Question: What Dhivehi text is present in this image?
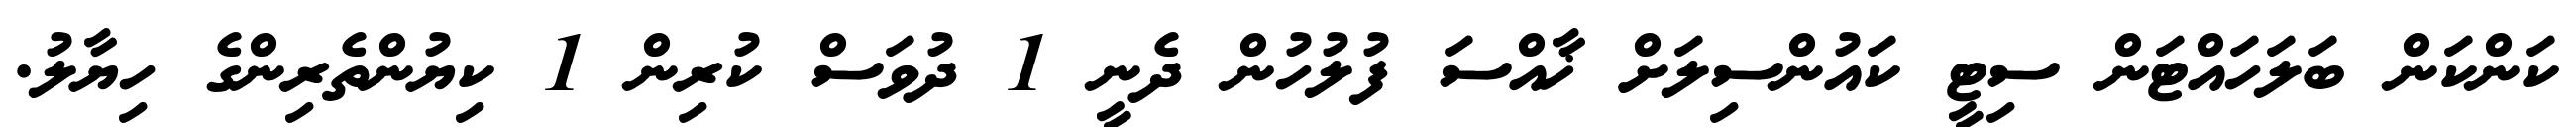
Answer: ކަންކަން ބަލަހައްޓަން ސިޓީ ކައުންސިލަށް ޚާއްސަ ފުލުހުން ދެނީ 1 ދުވަސް ކުރިން 1 ކިޔުންތެރިންގެ ހިޔާލު.